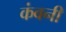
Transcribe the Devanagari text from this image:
कंवनी